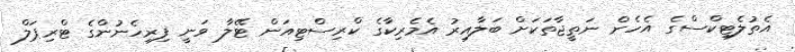
އެތުލެޓިކްސްގެ އެހެން ނަތީޖާތަކަށް ބަލާއިރު އެމެރިކާގެ ކްރިސްޓިއަން ޓޭލާ ވަނީ ފިރިހެނުންގެ ޓްރިޕަލް